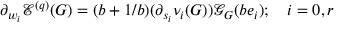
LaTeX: \partial _ { w _ { i } } \mathcal { E } ^ { ( q ) } ( G ) = ( b + 1 / b ) ( \partial _ { s _ { i } } \nu _ { i } ( G ) ) \mathcal { G } _ { G } ( b e _ { i } ) ; \quad i = 0 , r